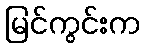
မြင်ကွင်းက